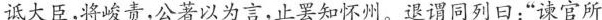
诋大臣，将峻责，公著以为言，止罢知怀州。退谓同列日：”谏官所